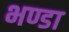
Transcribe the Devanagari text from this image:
भण्डा